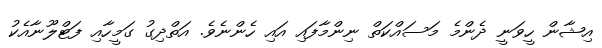
އިޝާން ހީވަނީ ދެންމެ މަސައްކަތް ނިންމާފައި އައި ހެންނެވެ. އަތްދިގު ގަމީހާއި ފަޓްލޫނާއެކު